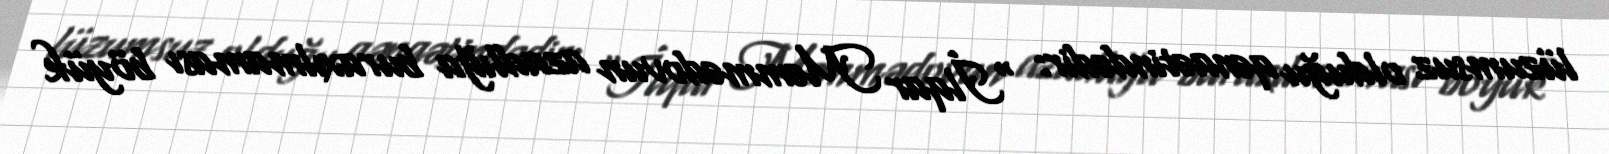
lüzumsuz olduğu qənaətindədir: “İlqar Məmmədovun azadlığa buraxılmaması böyük